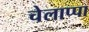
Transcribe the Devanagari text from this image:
चेलाप्पा